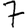
Digit: 7